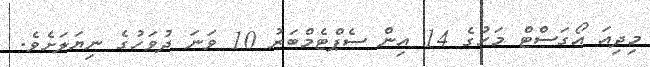
މިދިއަ އޯގަސްޓް މަހުގެ 14 އިން ސެޕްޓެމްބަރު 10 ވަނަ ދުވަހުގެ ނިޔަލަށެވެ.